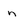
Character: n